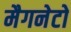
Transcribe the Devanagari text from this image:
मैगनेटो